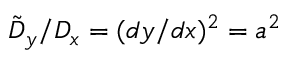
\tilde { D } _ { y } / D _ { x } = ( d y / d x ) ^ { 2 } = a ^ { 2 }